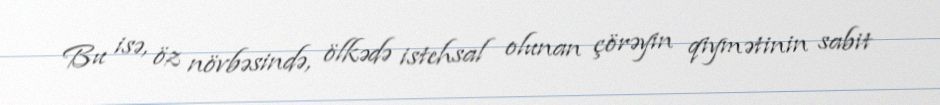
Bu isə, öz növbəsində, ölkədə istehsal olunan çörəyin qiymətinin sabit